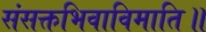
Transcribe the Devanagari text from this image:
संसक्तभिवाविमाति॥